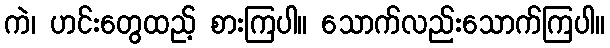
ကဲ၊ ဟင်းတွေထည့် စားကြပါ။ သောက်လည်းသောက်ကြပါ။